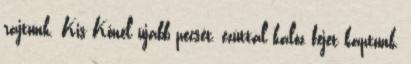
rajtunk. Kis Kőnél újabb pecsét, ezúttal kalóz fejet kaptunk,